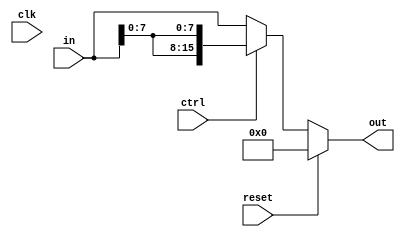
`timescale 1ns / 1ps

module crossbar_switch #(
    parameter DW_DATA = 8
) (
    input clk,
    input reset,
    input ctrl,
    input [2*DW_DATA-1:0] in, // 0 is left input, 1 is up input
    output reg [2*DW_DATA-1:0] out // 0 is right output, 1 is down output
);

    always @(*) begin 
        if (reset) begin
            out <= 0;
        end
        else if (ctrl) begin
            out <= {in[0 +:DW_DATA], in[0 +:DW_DATA]};
        end
        else begin
            out <= in;
        end
    end

endmodule